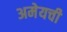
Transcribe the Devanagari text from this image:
अमेयची